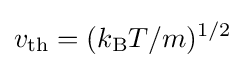
v_{\text{th}}=(k_{\text{B}}T/m)^{1/2}